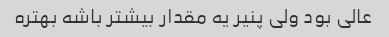
عالی بود ولی پنیر یه مقدار بیشتر باشه بهتره